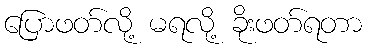
ပြောဖတ်လို့ မရလို့ ခိုးဖတ်ရတာ